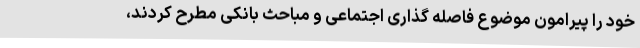
خود را پیرامون موضوع فاصله گذاری اجتماعی و مباحث بانکی مطرح کردند،